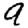
Digit: 9